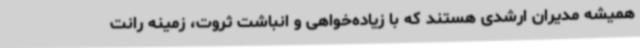
همیشه مدیران ارشدی هستند که با زیاده‌خواهی و انباشت ثروت، زمینه رانت